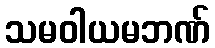
သမဝါယမဘဏ်